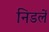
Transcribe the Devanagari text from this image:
निडलें